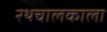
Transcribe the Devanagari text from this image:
रथचालकाला